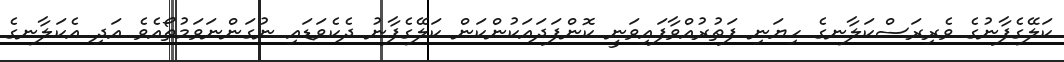
ކަލޭގެފާނުގެ ވެރިރަސްކަލާނގެ ހިޔަނި ފަތުރުއްވާފައިވަނީ ކޮންފަދައަކުންކަން ކަލޭގެފާނު ދެކެވަޑައި ނުގަންނަވަމުތޯއެވެ އަދި އެކަލާނގެ